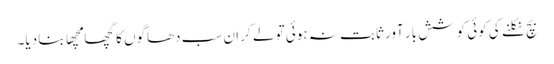
بچ نکلنے کی کوئی کوشش بار آور ثابت نہ ہوئی تو لے کر ان سب دھاگوں کا گچھا مچھا بنا دیا۔